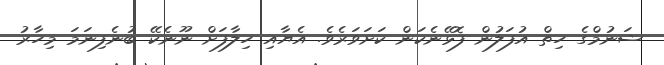
ޝަނުމްގެ ހިތް އުފަލުން ފޮޅޭނެކަން ކަށަވަރެވެ. އެޔާއި ހިލާފަށް ނޫނެކޭ ބުނެފިނަމަ މިހާރު